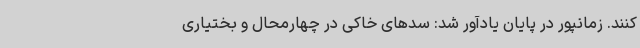
کنند. زمانپور در پایان یادآور شد: سدهای خاکی در چهارمحال و بختیاری